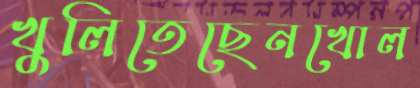
খুলিতেছেনখোল